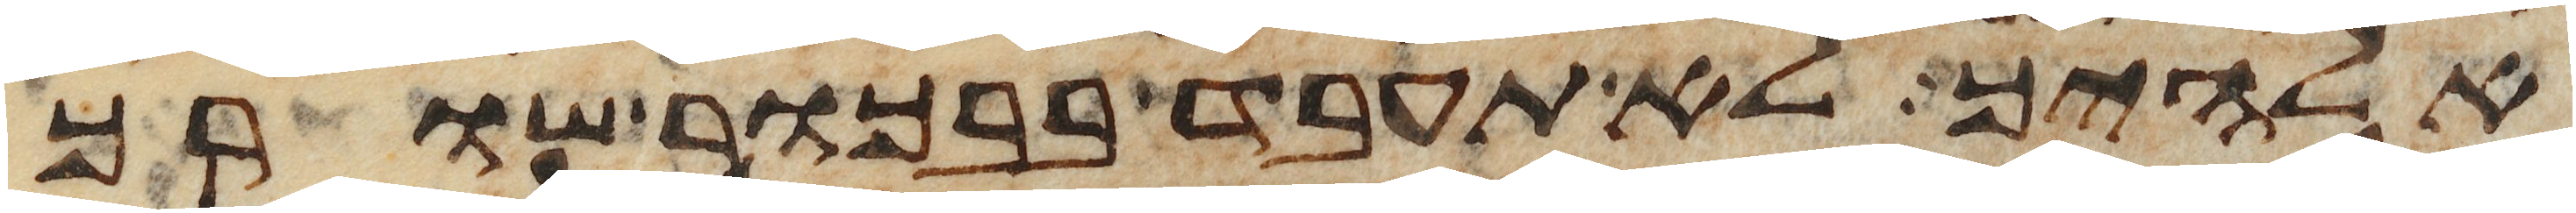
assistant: אלהיך לא תעבד בבכור שורך